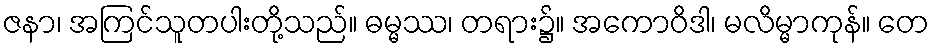
ဇနာ၊ အကြင်သူတပါးတို့သည်။ ဓမ္မဿ၊ တရား၌။ အကောဝိဒါ၊ မလိမ္မာကုန်။ တေ